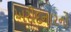
ખરીદનારનો